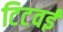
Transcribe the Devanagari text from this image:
टिटवई